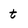
Character: t